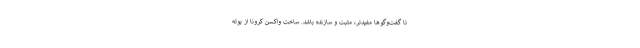
تا گفت‌وگوها مفیدتر، مثبت و سازنده باشد. ساخت واکسن کرونا از بوته